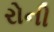
રોની